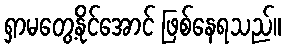
ရှာမတွေ့နိုင်အောင် ဖြစ်နေရသည်။